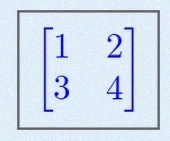
\begin{bmatrix}1&2\\3&4\end{bmatrix}